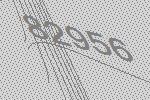
82956